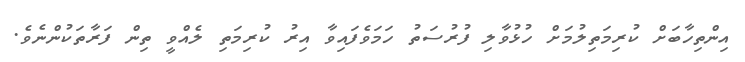
އިންތިހާބަށް ކުރިމަތިލުމަށް ހުޅުވާލި ފުރުސަތު ހަމަވެފައިވާ އިރު ކުރިމަތި ލެއްވީ ތިން ފަރާތަކުންނެވެ.